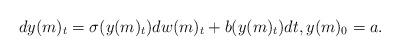
LaTeX: \begin{align*}dy(m)_t = \sigma (y(m)_t) dw(m)_t + b (y(m)_t) dt, y(m)_0 =a.\end{align*}